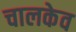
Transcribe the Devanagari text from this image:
चालकेव